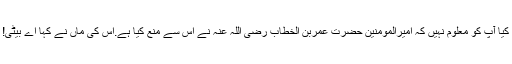
کیا آپ کو معلوم نہیں کہ امیرالمومنین حضرت عمربن الخطاب رضی اللہ عنہ نے اس سے منع کیا ہے.اس کی ماں نے کہا اے بیٹی!